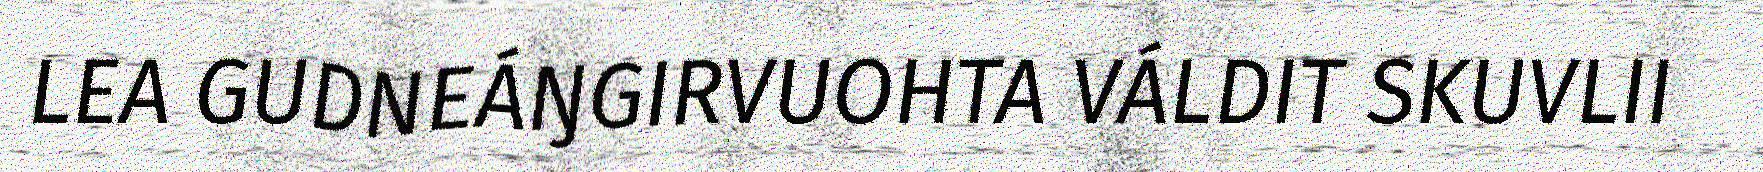
LEA GUDNEÁŊGIRVUOHTA VÁLDIT SKUVLII